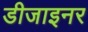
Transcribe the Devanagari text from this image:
डीजाइनर